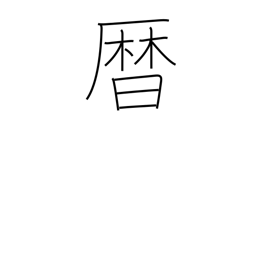
Meaning: calendar